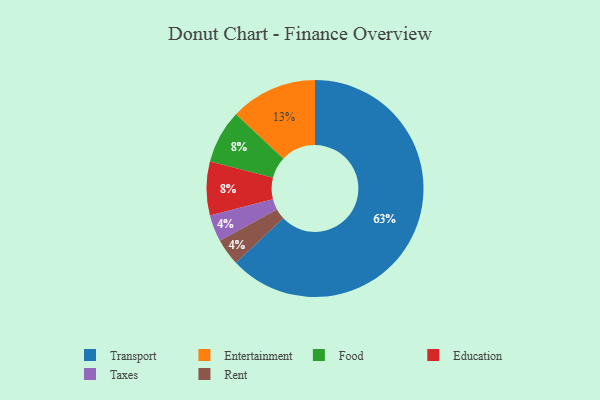
{"axis": {"x": "Category", "y": "Percentage"}, "legend": ["Education", "Entertainment", "Food", "Rent", "Taxes", "Transport"], "data": [{"x": "Food", "y": 8, "type": "Food"}, {"x": "Transport", "y": 63, "type": "Transport"}, {"x": "Taxes", "y": 4, "type": "Taxes"}, {"x": "Entertainment", "y": 13, "type": "Entertainment"}, {"x": "Rent", "y": 4, "type": "Rent"}, {"x": "Education", "y": 8, "type": "Education"}]}